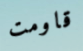
قاومت